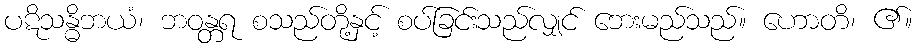
ပဋိသန္ဓိဘယံ၊ ဘဝန္တရ စသည်တို့နှင့် စပ်ခြင်းသည်လျှင် ဘေးမည်သည်။ ဟောတိ၊ ၏။